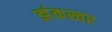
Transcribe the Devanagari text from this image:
झंकखर